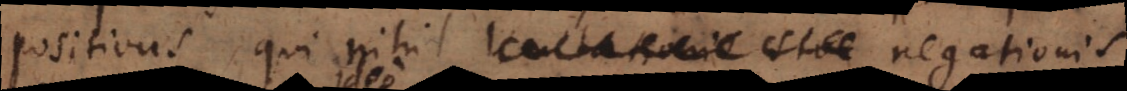
positivus qui nihil limitationis